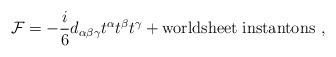
LaTeX: \begin{align*}{\cal F} = - \frac{i}{6} d_{\alpha\beta\gamma}t^\alpha t^\beta t^\gamma+ {\rm worldsheet\; instantons}\ ,\end{align*}